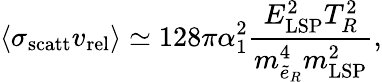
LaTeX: \langle\sigma_{\mathrm{scatt}}v_{\mathrm{rel}}\rangle\simeq 128\pi\alpha_{1}^{2}\frac{E_{\mathrm{LSP}}^{2}T_{R}^{2}}{m_{\tilde{e}_{R}}^{4}m_{\mathrm{LSP}}^{2}},